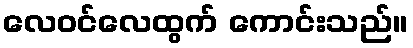
လေဝင်လေထွက် ကောင်းသည်။